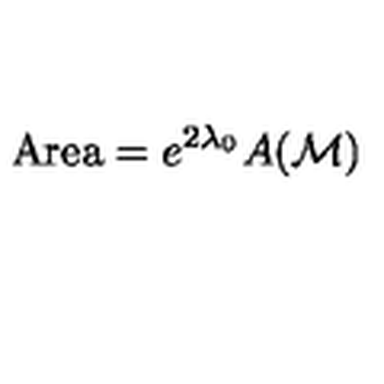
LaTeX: \mathrm { A r e a } = e ^ { 2 \lambda _ { 0 } } A ( { \cal M } )